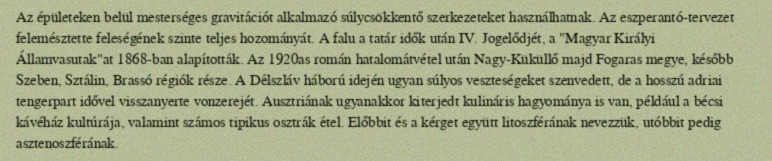
Az épületeken belül mesterséges gravitációt alkalmazó súlycsökkentő szerkezeteket használhatnak. Az eszperantó-tervezet felemésztette feleségének szinte teljes hozományát. A falu a tatár idők után IV. Jogelődjét, a "Magyar Királyi Államvasutak"at 1868-ban alapították. Az 1920as román hatalomátvétel után Nagy-Küküllő majd Fogaras megye, később Szeben, Sztálin, Brassó régiók része. A Délszláv háború idején ugyan súlyos veszteségeket szenvedett, de a hosszú adriai tengerpart idővel visszanyerte vonzerejét. Ausztriának ugyanakkor kiterjedt kulináris hagyománya is van, például a bécsi kávéház kultúrája, valamint számos tipikus osztrák étel. Előbbit és a kérget együtt litoszférának nevezzük, utóbbit pedig asztenoszférának.